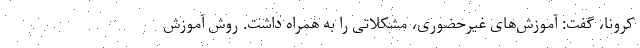
کرونا، گفت: آموزش‌های غیرحضوری، مشکلاتی را به همراه داشت. روش آموزش